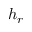
h _ { r }